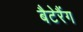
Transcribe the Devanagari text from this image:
बैटेरैंग